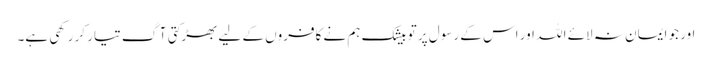
اور جو ایمان نہ لائے اللہ اور اس کے رسول پر تو بیشک ہم نے کافروں کے لیے بھڑکتی آگ تیار کر رکھی ہے۔